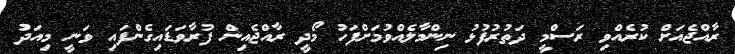
ރާއްޖެއަށް ކުރެއްވި ރަސްމީ ދަތުރުފުޅު ނިންމާލެއްވުމަށްފަހު މޯދީ ރާއްޖެއިން ފުރާވަޑައިގެންފައި ވަނީ މިއަދު